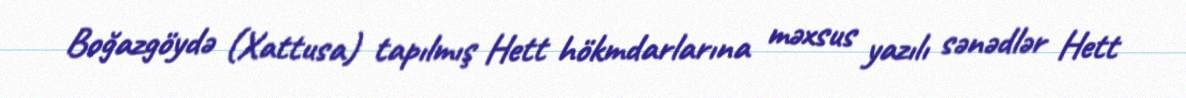
Boğazgöydə (Xattusa) tapılmış Hett hökmdarlarına məxsus yazılı sənədlər Hett